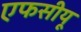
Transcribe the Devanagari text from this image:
एफसीयू